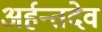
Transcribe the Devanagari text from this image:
अर्हन्तदेव